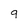
Character: 9